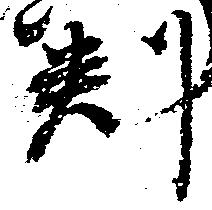
判